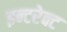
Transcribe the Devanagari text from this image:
इन्टरेक्ट